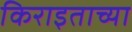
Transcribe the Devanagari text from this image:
किराइताच्या